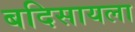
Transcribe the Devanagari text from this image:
बदिसायला